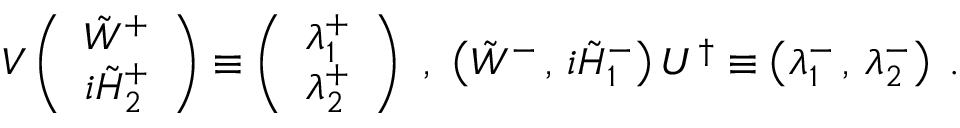
V \left( \begin{array} { c } { { \tilde { W } ^ { + } } } \\ { { { i \tilde { H } _ { 2 } ^ { + } } } } \end{array} \right) \equiv \left( \begin{array} { c } { { \lambda _ { 1 } ^ { + } } } \\ { { \lambda _ { 2 } ^ { + } } } \end{array} \right) \, \, , \, \, \left( \tilde { W } ^ { - } \, , \, { i \tilde { H } _ { 1 } ^ { - } } \right) U ^ { \dagger } \equiv \left( \lambda _ { 1 } ^ { - } \, , \, \lambda _ { 2 } ^ { - } \right) \; .